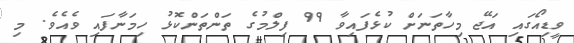
ވީޑިއޯގައި އަޖޭ މިހާތަނަށް ކުޅެފައިވާ 99 ފިލްމުގެ ތަންތަންކޮޅު ހިމަނާފައި ވެއެވެ. މި